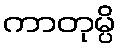
ကာတုမ္ပိ